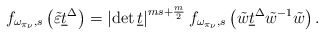
\begin{align*}f_{\omega_{\pi_\nu},s}\left(\tilde{\varepsilon} \underline{t}^\Delta\right)= \left|\det \underline{t}\right|^{ms+\frac{m}{2}}f_{\omega_{\pi_\nu},s}\left(\tilde{w} \underline{t}^\Delta\tilde{w}^{-1}\tilde{w}\right).\end{align*}